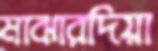
মাঝারদিয়া